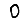
Digit: 0